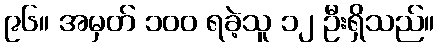
၉၆။ အမှတ် ၁၀၀ ရခဲ့သူ ၁၂ ဦးရှိသည်။